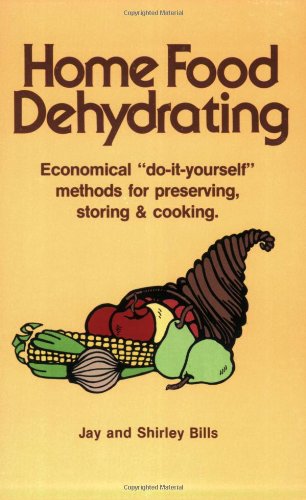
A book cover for Home Food Dehydrating: Economical "Do-it-yourself" Methods for Preserving, Storing & Cooking; Jay Bills; Cookbooks, Food & Wine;